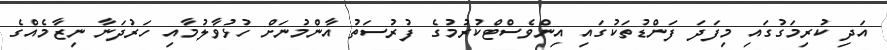
އަދި ކުރިމަގުގައި މިފަދަ ފަންޑުތަކުގައި އިންވެސްޓްކުރުމުގެ ފުރުސަތު އާންމުނަށް ހުޅުވާލުމާއި ހަރުދަނާ ނިޒާމެއްގެ